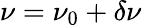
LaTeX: \nu=\nu_{0}+\delta\nu